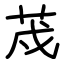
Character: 荗